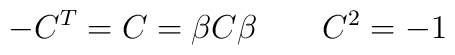
-C^T=C=\beta C\beta \qquad C^2=-1